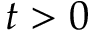
t > 0